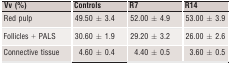
| Vv (%) | Controls | R7 | R14 |
 | --- | --- | --- | --- |
 | Red pulp | 49.50 ± 3.4 | 52.00 ± 4.9 | 53.00 ± 3.9 |
 | Follicles + PALS | 30.60 ± 1.9 | 29.20 ± 3.2 | 26.00 ± 2.6 |
 | Connective tissue | 4.60 ± 0.4 | 4.40 ± 0.5 | 3.60 ± 0.5 |